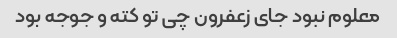
معلوم نبود جای زعفرون چی تو کته و جوجه بود